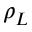
\rho _ { L }